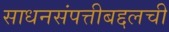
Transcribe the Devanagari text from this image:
साधनसंपत्तीबद्दलची